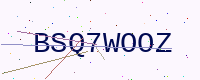
Text: BSQ7WOOZ